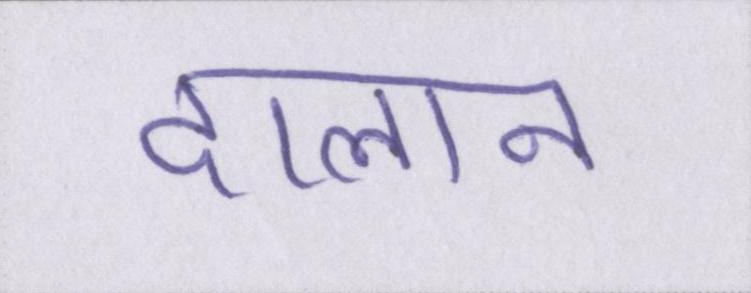
दालान